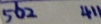
5 6 2 4 1 1